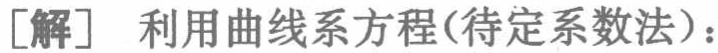
[解] 利用曲线系方程(待定系数法)：